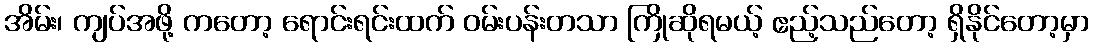
အိမ်း၊ ကျပ်အဖို့ ကတော့ ရောင်းရင်းထက် ဝမ်းပန်းတသာ ကြိုဆိုရမယ့် ဧည့်သည်တော့ ရှိနိုင်တော့မှာ